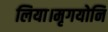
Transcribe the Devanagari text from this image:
लिया।मृगयोनि